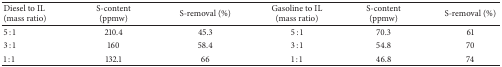
| Diesel to IL (mass ratio) | S-content (ppmw) | S-removal (%) | Gasoline to IL (mass ratio) | S-content (ppmw) | S-removal (%) |
 | --- | --- | --- | --- | --- | --- |
 | 5 : 1 | 210.4 | 45.3 | 5 : 1 | 70.3 | 61 |
 | 3 : 1 | 160 | 58.4 | 3 : 1 | 54.8 | 70 |
 | 1 : 1 | 132.1 | 66 | 1 : 1 | 46.8 | 74 |